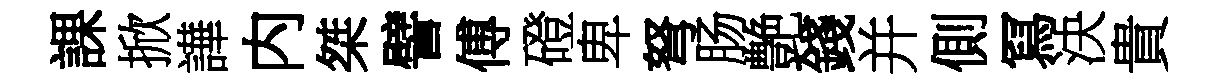
課掀譁内桀譬傅磴卑弩肠艶錢并側冩決貴